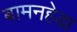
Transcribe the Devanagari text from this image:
बामनहेडा